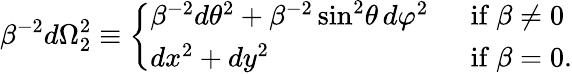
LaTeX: \beta^{-2}d\Omega_{2}^{2}\equiv\left\{ \begin{array}{ll}{{\beta^{-2}d\theta^{2}+\beta^{-2}\sin^{2}\! \theta\, d\varphi^{2}\ \ }}&{{{\mathrm{if~}}\beta\neq 0}}\\ {{dx^{2}+dy^{2}}}&{{{\mathrm{if~}}\beta=0.}}\end{array}\right.